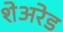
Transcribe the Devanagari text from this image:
शेअरेड